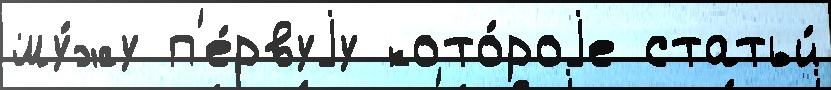
му́жу п'е́рвуjу кото́роjе статьи́